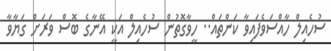
ސުހެއިލް ހާއްސަވެފައިވާ ކަންތައް.. ހީވާގޮތުން ސުހެއިލް އަކީ އޭނާގެ ބޮސް ވަރަށް ގަޔާވާ